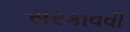
સરકાવવી